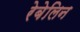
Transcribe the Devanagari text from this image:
रेबेलिन